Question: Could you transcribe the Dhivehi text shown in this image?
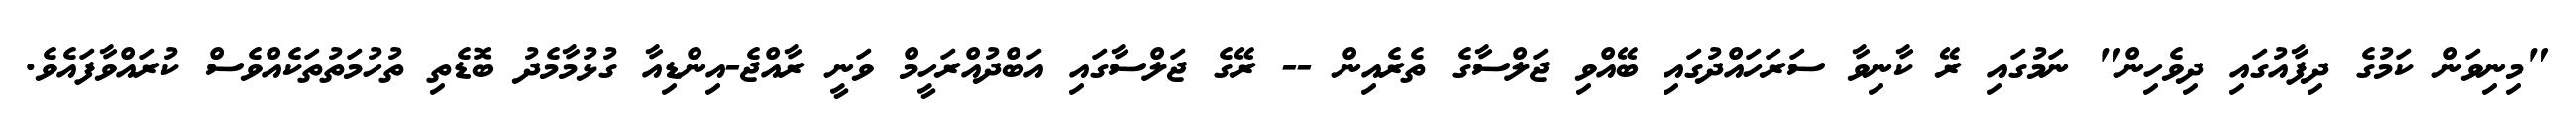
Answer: "މިނިވަން ކަމުގެ ދިފާއުގައި ދިވެހިން" ނަމުގައި ރޭ ކާނިވާ ސަރަހައްދުގައި ބޭއްވި ޖަލްސާގެ ތެރެއިން -- ރޭގެ ޖަލްސާގައި އަބްދުއްރަހީމް ވަނީ ރާއްޖެ-އިންޑިއާ ގުޅުމާމެދު ބޮޑެތި ތުހުމަތުތަކެއްވެސް ކުރައްވާފައެވެ.